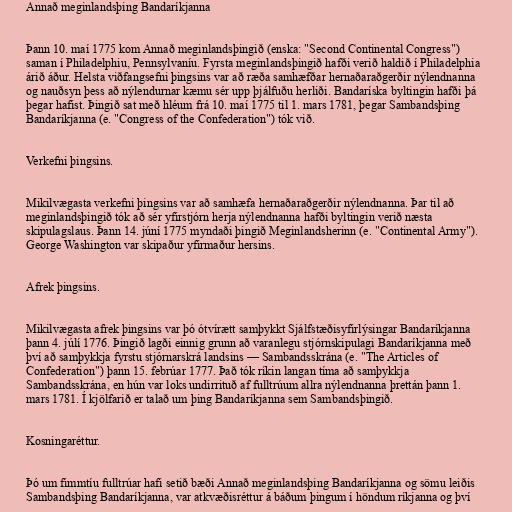
Annað meginlandsþing Bandaríkjanna

Þann 10. maí 1775 kom Annað meginlandsþingið (enska: "Second Continental Congress")
saman í Philadelphiu, Pennsylvaníu. Fyrsta meginlandsþingið hafði verið haldið í Philadelphia
árið áður. Helsta viðfangsefni þingsins var að ræða samhæfðar hernaðaraðgerðir nýlendnanna
og nauðsyn þess að nýlendurnar kæmu sér upp þjálfuðu herliði. Bandaríska byltingin hafði þá
þegar hafist. Þingið sat með hléum frá 10. maí 1775 til 1. mars 1781, þegar Sambandsþing
Bandaríkjanna (e. "Congress of the Confederation") tók við.

Verkefni þingsins.

Mikilvægasta verkefni þingsins var að samhæfa hernaðaraðgerðir nýlendnanna. Þar til að
meginlandsþingið tók að sér yfirstjórn herja nýlendnanna hafði byltingin verið næsta
skipulagslaus. Þann 14. júní 1775 myndaði þingið Meginlandsherinn (e. "Continental Army").
George Washington var skipaður yfirmaður hersins.

Afrek þingsins.

Mikilvægasta afrek þingsins var þó ótvírætt samþykkt Sjálfstæðisyfirlýsingar Bandaríkjanna
þann 4. júlí 1776. Þingið lagði einnig grunn að varanlegu stjórnskipulagi Bandaríkjanna með
því að samþykkja fyrstu stjórnarskrá landsins — Sambandsskrána (e. "The Articles of
Confederation") þann 15. febrúar 1777. Það tók ríkin langan tíma að samþykkja
Sambandsskrána, en hún var loks undirrituð af fulltrúum allra nýlendnanna þrettán þann 1.
mars 1781. Í kjölfarið er talað um þing Bandaríkjanna sem Sambandsþingið.

Kosningaréttur.

Þó um fimmtíu fulltrúar hafi setið bæði Annað meginlandsþing Bandaríkjanna og sömu leiðis
Sambandsþing Bandaríkjanna, var atkvæðisréttur á báðum þingum í höndum ríkjanna og því